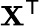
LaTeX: \mathbf{X}^{\textsf{{T}}}